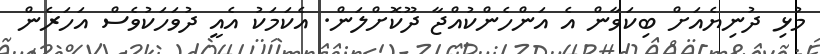
މުޅި ދުނިޔެއަށް ބިކަވާން އެ އަންހެންކުއްޖާ ދޫކޮށްލަން. އެކަމަކު އެއީ ދުވަހަކުވެސް އަހަރެން